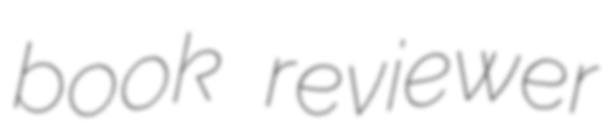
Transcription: book reviewer